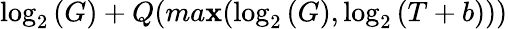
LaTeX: \log_{2}{(G)}+Q(ma\mathbf{x}(\log_{2}{(G)},\log_{2}{(T+b)}))